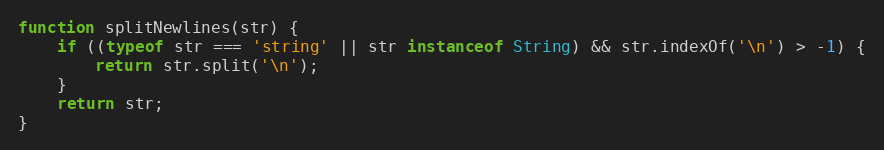
Language: JavaScript
function splitNewlines(str) {
	if ((typeof str === 'string' || str instanceof String) && str.indexOf('\n') > -1) {
		return str.split('\n');
	}
	return str;
}